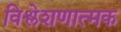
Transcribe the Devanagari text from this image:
विश्लेशणात्मक